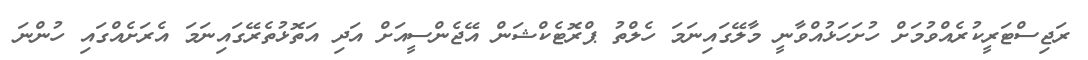
ރަޖިސްޓަރީކުރެއްވުމަށް ހުށަހަޅުއްވާނީ މާލޭގައިނަމަ ހެލްތު ޕްރޮޓެކްޝަން އޭޖެންސީއަށް އަދި އަތޮޅުތެރޭގައިނަމަ އެރަށެއްގައި ހުންނަ